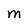
Character: M